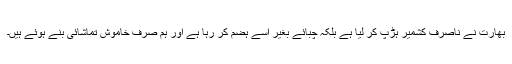
بھارت نے ناصرف کشمیر ہڑپ کر لیا ہے بلکہ چبائے بغیر اسے ہضم کر رہا ہے اور ہم صرف خاموش تماشائی بنے ہوئے ہیں۔